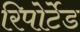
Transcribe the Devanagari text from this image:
रिपोर्टेड